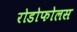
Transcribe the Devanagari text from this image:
रोडोफोलस